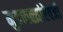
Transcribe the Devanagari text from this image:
मुडावळ्यांऐवजी